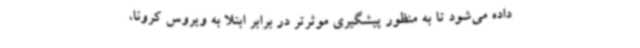
داده می‌شود تا به منظور پیشگیری موثرتر در برابر ابتلا به ویروس کرونا،